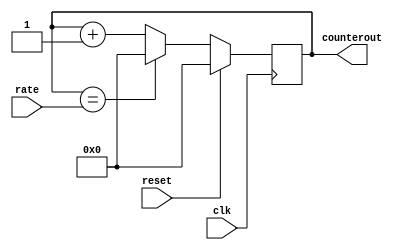
module ratedividerattempt1(rate, reset, clk, counterout);
	
	input reset; //to reset counter
	input [26:0] rate; //inputted rate, max is 50mil (min 27 bits)
	input clk; //CLOCK_50
	output reg [26:0] counterout; //should output the counter
	
	//count up on rising edge
	always@(posedge clk)
	begin
		if(reset) //if reset is active, counterout should be 0
			counterout <= 27'b0;
		//else if(counterout == (rate - 1'b1))
		//	counterout <= rate;
		else if(counterout == rate) //we reached our rate, so set back to 0
			counterout <= 27'b0;
		else //count up
			counterout <= counterout + 1'b1;
	end

endmodule